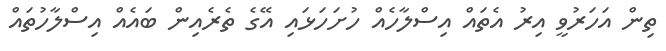
ތިން އަހަރުވީ އިރު އެތައް އިސްލާހެއް ހުށަހަޅައި އޭގެ ތެރެއިން ބައެއް އިސްލާހުތައް